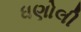
ધણોલી